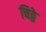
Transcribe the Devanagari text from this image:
चिठ्ठे